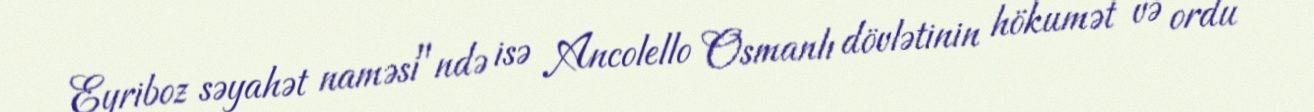
Eyriboz səyahət naməsi"ndə isə Ancolello Osmanlı dövlətinin hökumət və ordu